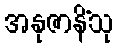
အနုဇာနိံသု